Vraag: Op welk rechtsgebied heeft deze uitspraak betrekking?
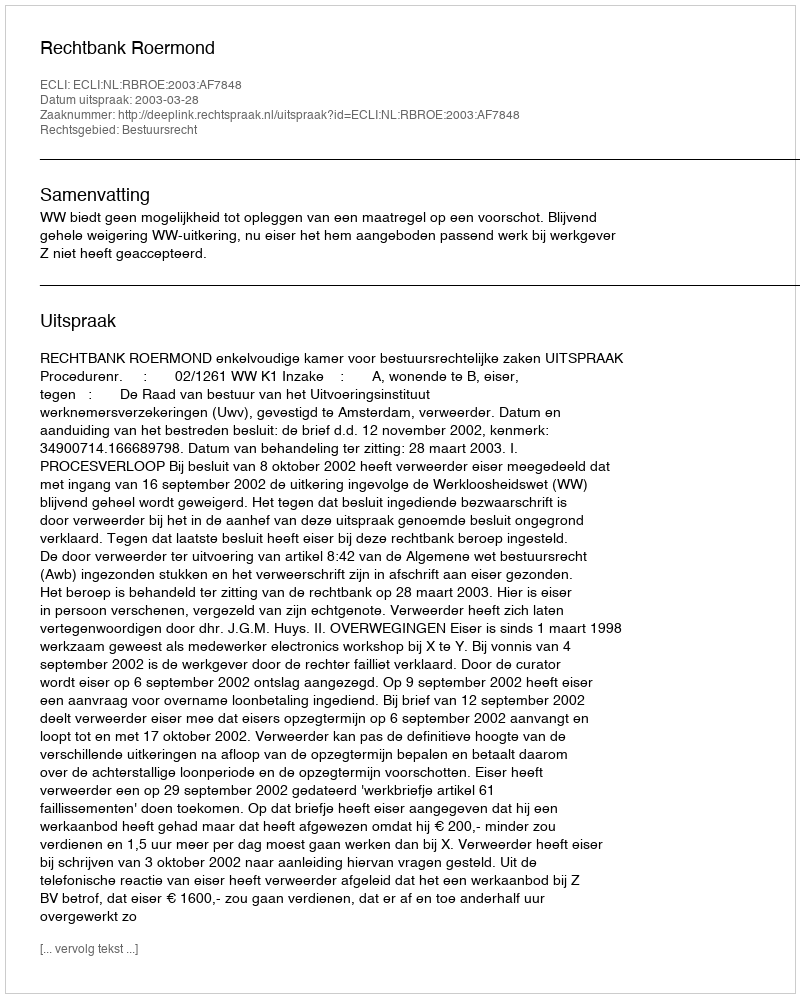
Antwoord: Bestuursrecht